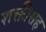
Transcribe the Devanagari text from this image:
शक्तीसह